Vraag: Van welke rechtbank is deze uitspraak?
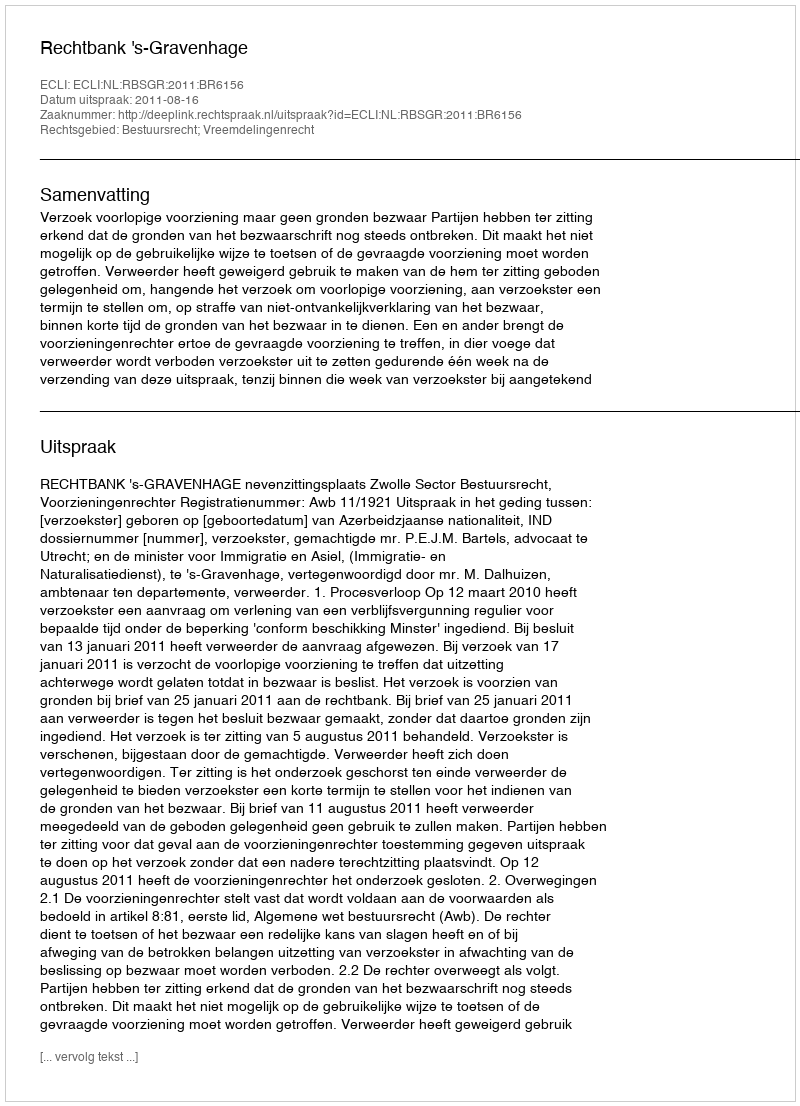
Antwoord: Rechtbank 's-Gravenhage